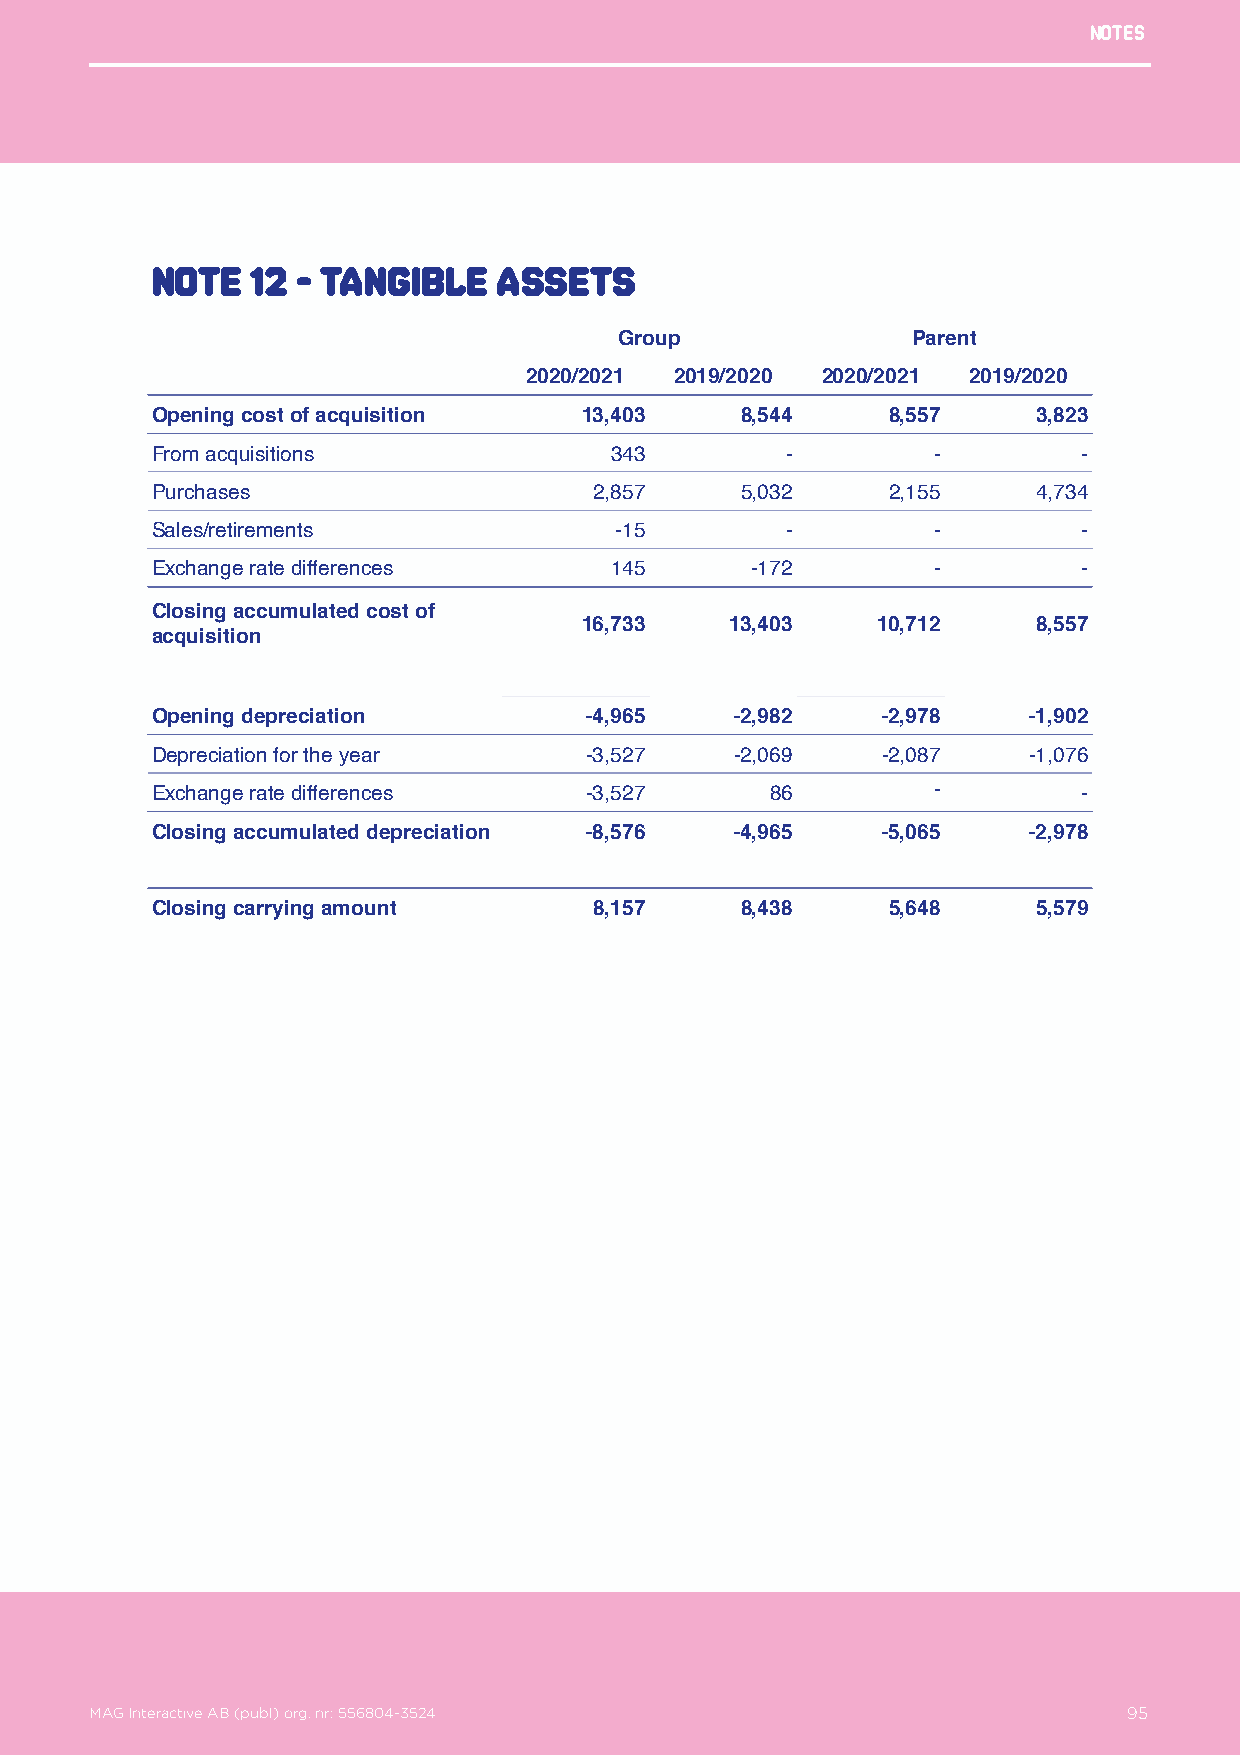
Notes
 Note   12 - Tangible   assets
 Group              Parent
 2020/2021 2019/2020 2020/2021 2019/2020
 Opening cost of acquisition 13,403     8,544     8,557     3,823
 From acquisitions             343         -         -         -
 Purchases                    2,857     5,032     2,155     4,734
 Sales/retirements              -15        -         -         -
 Exchange rate differences     145       -172        -         -
 Closing accumulated cost of
 16,733    13,403    10,712     8,557
 acquisition
 Opening depreciation         -4,965    -2,982   -2,978    -1,902
 Depreciation for the year    -3,527    -2,069   -2,087    -1,076
 Exchange rate differences    -3,527      86         -         -
 Closing accumulated depreciation -8,576 -4,965  -5,065    -2,978
 Closing carrying amount      8,157     8,438     5,648     5,579
 MAG Interactive AB (publ) org. nr: 556804-3524                   95
 MAG Interactive AB (publ) org. nr: 556804-3524                       95